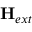
\mathbf { H } _ { e x t }